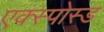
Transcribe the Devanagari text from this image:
एक्स्पोस्ड